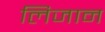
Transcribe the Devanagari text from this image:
लिजान